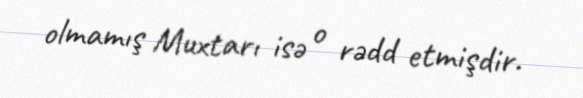
olmamış Muxtarı isə o rədd etmişdir.